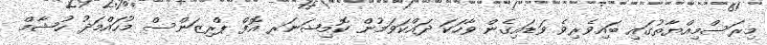
މިރަސްމިއްޔާތުގައި ބައިވެރިވެ ވަޑައިގެން ވާހަކަ ދައްކަވަމުން ކޮމިޝަނަރ އޮފް ޕްރިޒަންސް މުހައްމަދު ހުޝާމް